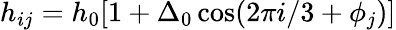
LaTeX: h_{ij}=h_{0}[1+\Delta_{0}\cos(2\pi i/3+\phi_{j})]